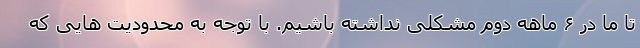
تا ما در ۶ ماهه دوم مشکلی نداشته باشیم. با توجه به محدودیت هایی که